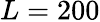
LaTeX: L=200